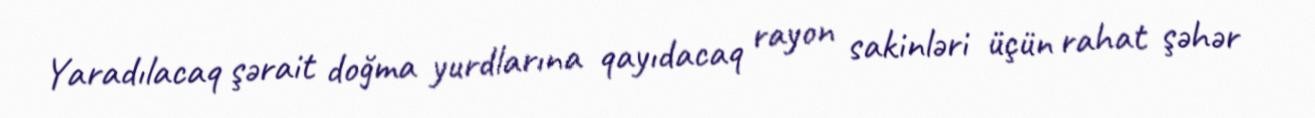
Yaradılacaq şərait doğma yurdlarına qayıdacaq rayon sakinləri üçün rahat şəhər